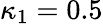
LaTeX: \kappa_{1}=0.5